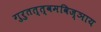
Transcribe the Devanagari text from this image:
गुरुतत्त्वमविज्ञाय